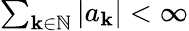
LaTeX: \textstyle\sum_{\mathbf{k}\in{\mathbb{{N}}}}|a_{\mathbf{k}}|<\infty